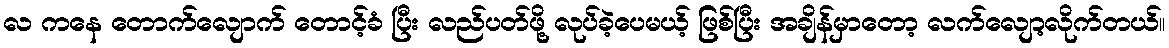
လ ကနေ တောက်လျောက် တောင့်ခံ ပြီး လည်ပတ်ဖို့ လုပ်ခဲ့ပေမယ့် ဖြစ်ပြီး အချိန်မှာတော့ လက်လျော့လိုက်တယ်။